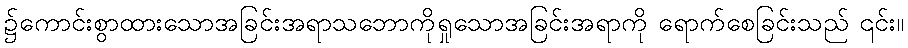
၌ကောင်းစွာထားသောအခြင်းအရာသဘောကိုရှုသောအခြင်းအရာကို ရောက်စေခြင်းသည် ၎င်း။